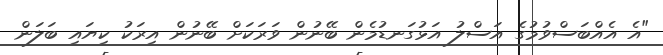
"އެ އެއްބަސްވުމުގެ އަސްލު އަޅުގަނޑުމެން ބޭނުން ވަރަކަށް ބޭނުން އިރަކު ކިޔައި ބަލަން